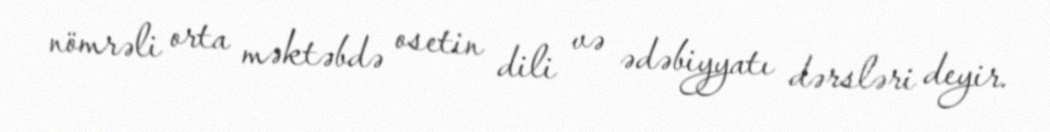
nömrəli orta məktəbdə osetin dili və ədəbiyyatı dərsləri deyir.